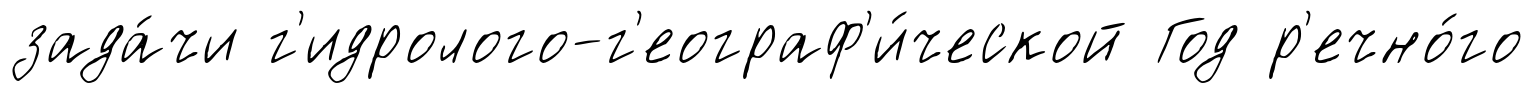
зада́чи г'идролого-г'еограф'и́ческой Год р'ечно́го